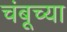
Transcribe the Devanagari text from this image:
चंबूच्या